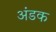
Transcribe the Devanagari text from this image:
अंडक